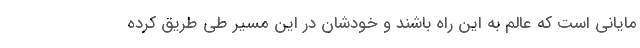
مایانی است که عالم به این راه باشند و خودشان در این مسیر طی طریق کرده